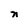
Character: n